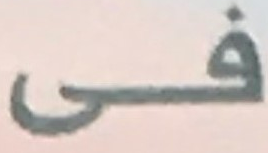
فى